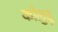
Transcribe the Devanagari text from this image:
कोलुवू